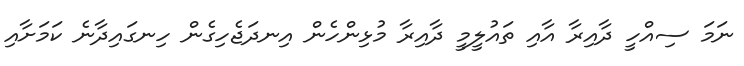
ނަމަ ސިއްހީ ދާއިރާ އާއި ތައުލީމީ ދާއިރާ މުޅިންހެން އިނދަޖެހިގެން ހިނގައިދާނެ ކަމަށާއި